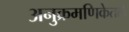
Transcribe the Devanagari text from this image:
अनुक्रमणिकेतले